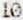
10